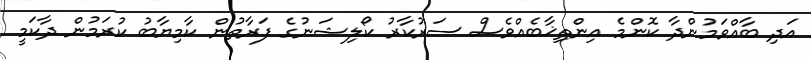
އަދި ބާއްވަމުންދާ ކޮންމެ އިންތިޚާބެއްވެސް ސަރުކާރު ކޯލިޝަނުގެ ފަރާތުން ކާމިޔާބު ކުރަމުން ދާކަމީ